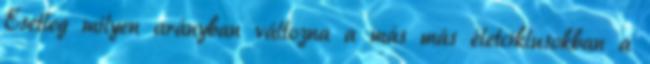
Esetleg milyen arányban változna a más más életciklusokban a